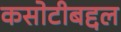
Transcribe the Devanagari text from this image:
कसोटीबद्दल